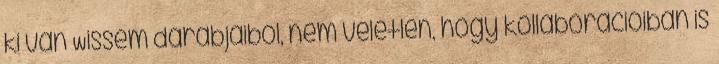
ki van Wissem darabjaiból, nem véletlen, hogy kollaborációiban is